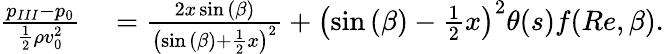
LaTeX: \begin{array}{rl}{\frac{{p_{III}}-{p_{0}}}{\frac{1}{2}\rho v_{0}^{2}}}&{{}={}\frac{2x\sin{(\beta)}}{\left(\sin{(\beta)}+\frac{1}{2}x\right)^{2}}+\left(\sin{(\beta)}-\frac{1}{2}x\right)^{2}\theta(s)f(Re,\beta).}\end{array}